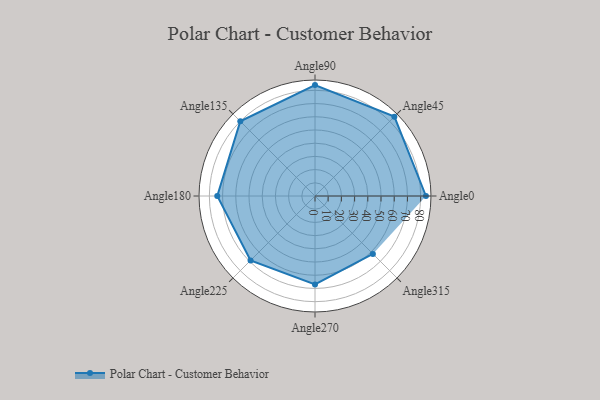
{"axis": {"x": "Angle", "y": "Radius"}, "legend": [""], "data": [{"x": "Angle0", "y": 84.0, "type": ""}, {"x": "Angle45", "y": 85.0, "type": ""}, {"x": "Angle90", "y": 84.0, "type": ""}, {"x": "Angle135", "y": 80.0, "type": ""}, {"x": "Angle180", "y": 74.0, "type": ""}, {"x": "Angle225", "y": 69.0, "type": ""}, {"x": "Angle270", "y": 67.0, "type": ""}, {"x": "Angle315", "y": 62.0, "type": ""}]}